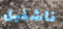
ناشفيل